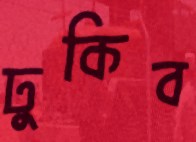
ঢুকিব